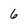
Character: 6